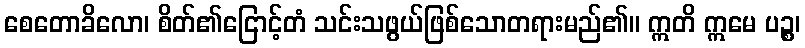
စေတောခိလော၊ စိတ်၏ငြောင့်တံ သင်းသဖွယ်ဖြစ်သောတရားမည်၏။ ဣတိ ဣမေ ပဉ္စ၊